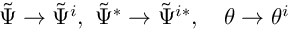
\tilde { \Psi } \rightarrow \tilde { \Psi } ^ { i } , \ \tilde { \Psi } ^ { * } \rightarrow \tilde { \Psi } ^ { i * } , \quad \theta \rightarrow \theta ^ { i }